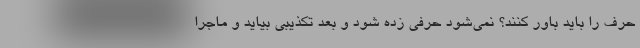
حرف را باید باور کنند؟ نمی‌شود حرفی زده شود و بعد تکذیبی بیاید و ماجرا